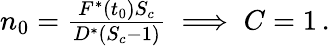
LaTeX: \begin{array}{r}{n_{0}=\frac{F^{*}(t_{0})S_{c}}{D^{*}(S_{c}-1)}\implies C=1\, .}\end{array}